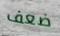
ضعف